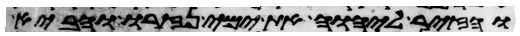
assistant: והזיר ליהוה את ימי נזרו והביא